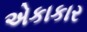
એકાકાર